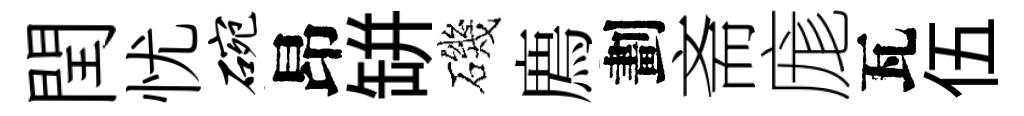
閏忧碗昂缾磯廌劃斋庬瓦伍